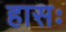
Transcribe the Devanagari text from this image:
हासः